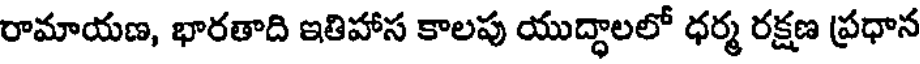
రామాయణ, భారతాది ఇతిహాస కాలపు యుద్ధాలలో ధర్మ రక్షణ ప్రధాన